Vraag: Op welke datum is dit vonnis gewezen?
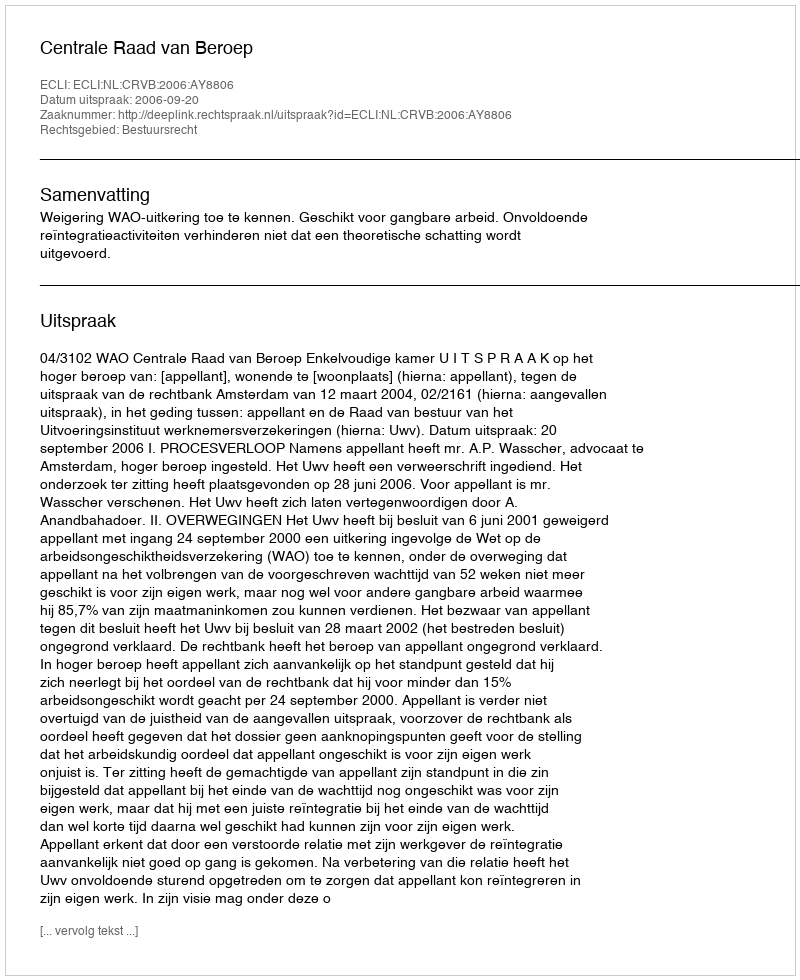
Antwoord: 2006-09-20